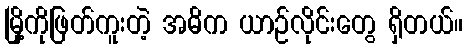
မြို့ကိုဖြတ်ကူးတဲ့ အဓိက ယာဉ်လိုင်းတွေ ရှိတယ်။